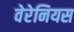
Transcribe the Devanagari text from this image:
वेरेनियस